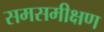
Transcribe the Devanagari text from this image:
समसमीक्षण